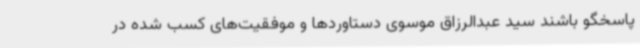
پاسخگو باشند سید عبدالرزاق موسوی دستاوردها و موفقیت‌های کسب شده در